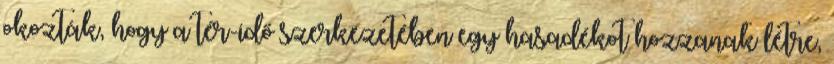
okozták, hogy a tér-idő szerkezetében egy hasadékot hozzanak létre,